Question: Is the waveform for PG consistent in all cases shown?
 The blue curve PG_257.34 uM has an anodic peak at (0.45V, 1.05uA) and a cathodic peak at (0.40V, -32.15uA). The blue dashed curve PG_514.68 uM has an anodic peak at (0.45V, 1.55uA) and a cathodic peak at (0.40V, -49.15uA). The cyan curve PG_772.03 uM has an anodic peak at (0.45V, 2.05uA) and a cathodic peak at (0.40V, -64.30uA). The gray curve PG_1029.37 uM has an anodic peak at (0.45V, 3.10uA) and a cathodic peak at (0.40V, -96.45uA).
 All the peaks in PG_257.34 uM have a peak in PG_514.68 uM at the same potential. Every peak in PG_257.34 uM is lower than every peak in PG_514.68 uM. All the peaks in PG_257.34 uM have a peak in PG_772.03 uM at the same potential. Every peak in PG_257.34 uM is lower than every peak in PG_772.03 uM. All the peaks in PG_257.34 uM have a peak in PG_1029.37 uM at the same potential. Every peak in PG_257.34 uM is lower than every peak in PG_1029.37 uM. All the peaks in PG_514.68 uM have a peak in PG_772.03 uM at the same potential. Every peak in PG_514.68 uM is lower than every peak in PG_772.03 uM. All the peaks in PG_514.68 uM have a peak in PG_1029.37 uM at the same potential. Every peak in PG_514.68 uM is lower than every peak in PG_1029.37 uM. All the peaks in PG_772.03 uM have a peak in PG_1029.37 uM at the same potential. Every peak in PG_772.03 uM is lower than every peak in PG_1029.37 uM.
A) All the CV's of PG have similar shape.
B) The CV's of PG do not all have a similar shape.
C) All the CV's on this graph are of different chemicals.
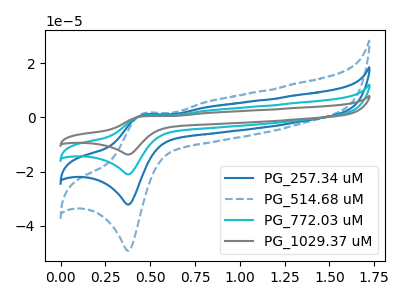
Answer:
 <answer>A) All the CV's of "PG" have similar shape.</answer>
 <eval>A</eval>